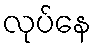
လုပ်နေ